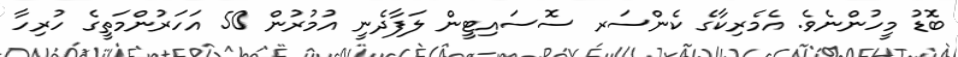
ބޮޑު މީހުންނެވެ. އެމެރިކާގެ ކެންސަރ ސޮސައިޓީން ލަފާދެނީ އުމުރުން 50 އަހަރުންމަތީގެ ހުރިހާ